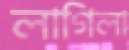
লাগিলা